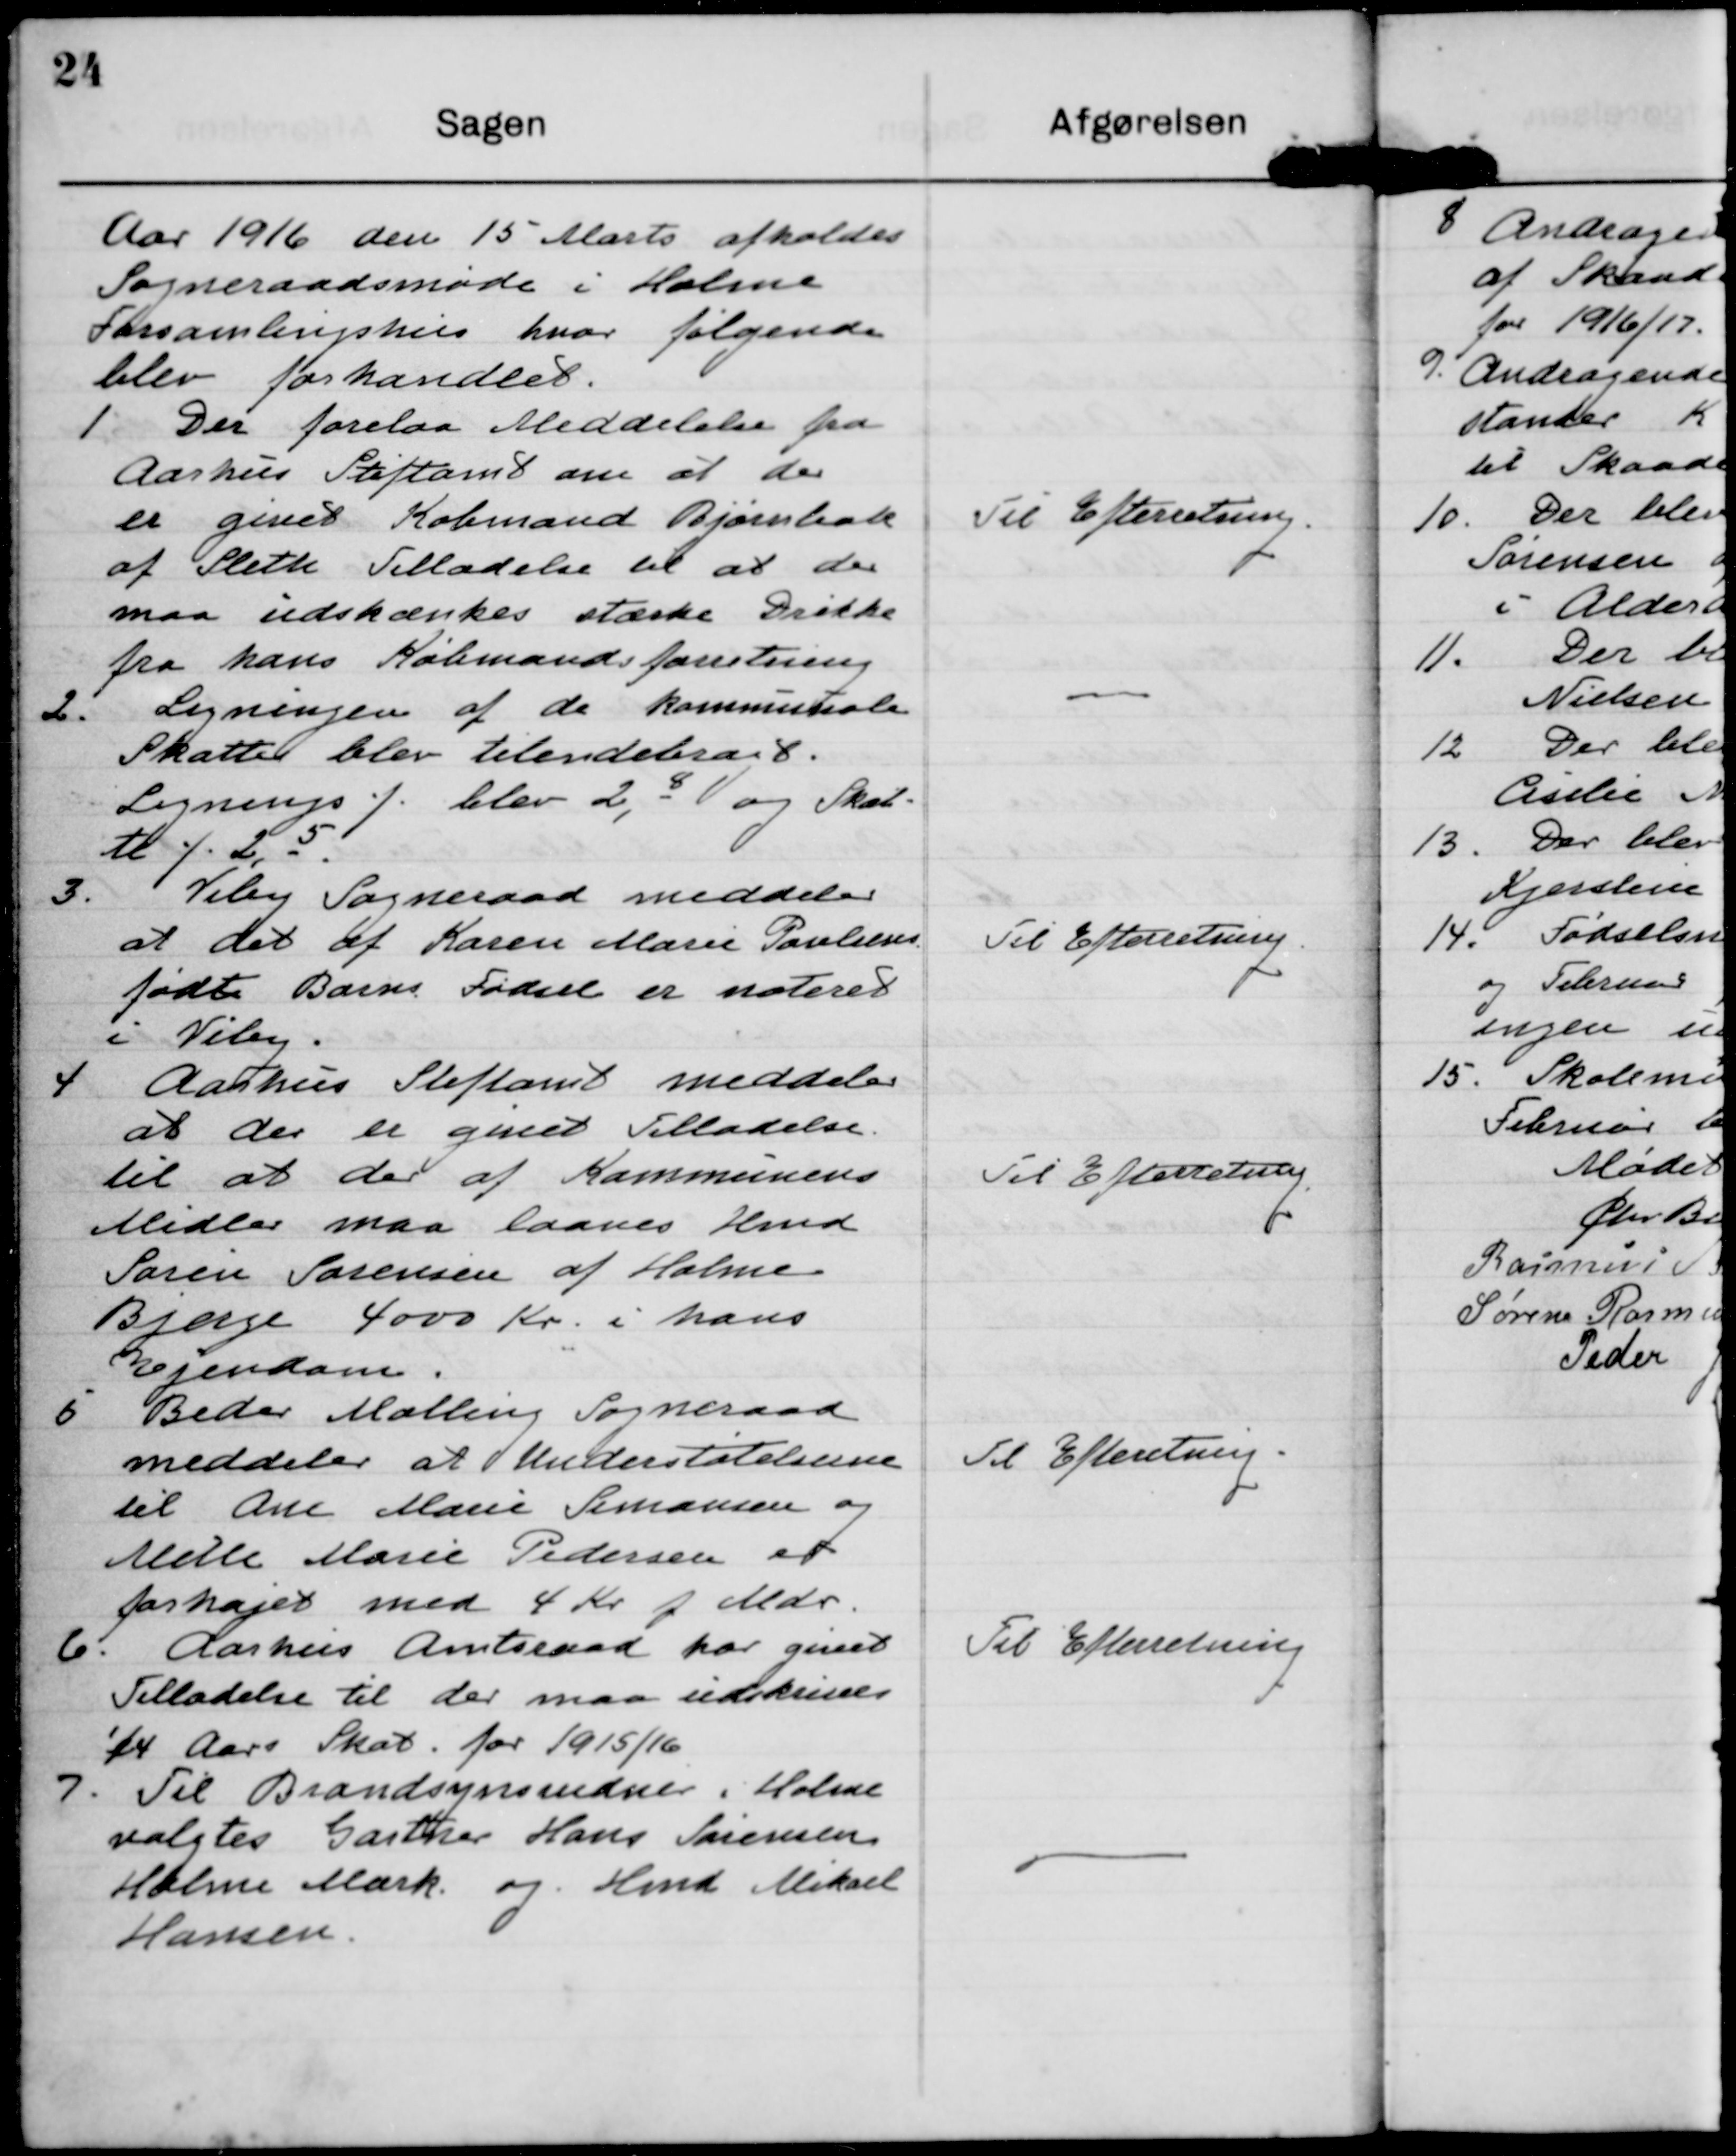
Transskription:
Aar 1916 den 15 Marts afholdes
Sogneraadsmøde i Holme
Forsamlingshus hvor følgende
blev forhandlet.

1 Der forelaa Meddelelse fra
Aarhus Stiftamt om at der
er givet Købmand Bjørnbak
af Sleth Tilladelse til at der
maa udskænkes stærke Drikke
fra hans Købmandsforretning

Til Efterretning

2. Ligningen af de kommunale
Skatter blev tilendebragt.
Lignings % blev 2,8 - og Skat-
te % 2,5.

3. Viby Sogneraad meddeler
at det af Karen Marie Poulsens
født Barns Fødsel er noteret
i Viby.

Til Efterretning

4 Aarhus Stiftamt meddeler
at der er givet Tilladelse
til at der af Kommunens
Midler maa laanes Hmd
Søren Sørensen af Halme
Bjerge 4000 Kr i hans
Ejendom.

Til Efterretning

5 Beder Malling Sogneraad
meddeler at Understøtelserne
til Ane Marie Simonsen og
Mille Marie Pedersen er
forhøjet med 4 Kr p Mdr.

Til Efterretning

6. Aarhus Amtsraad har givet
Tilladelse til der maa udskrie
¼ Aars Skat for 1915/16

Til Efterretning

7. Til Brandsynsvidne i Holme
valgtes Gartner Hans Sørensen
Holme Mark og Hmd Miksel
Hansen.